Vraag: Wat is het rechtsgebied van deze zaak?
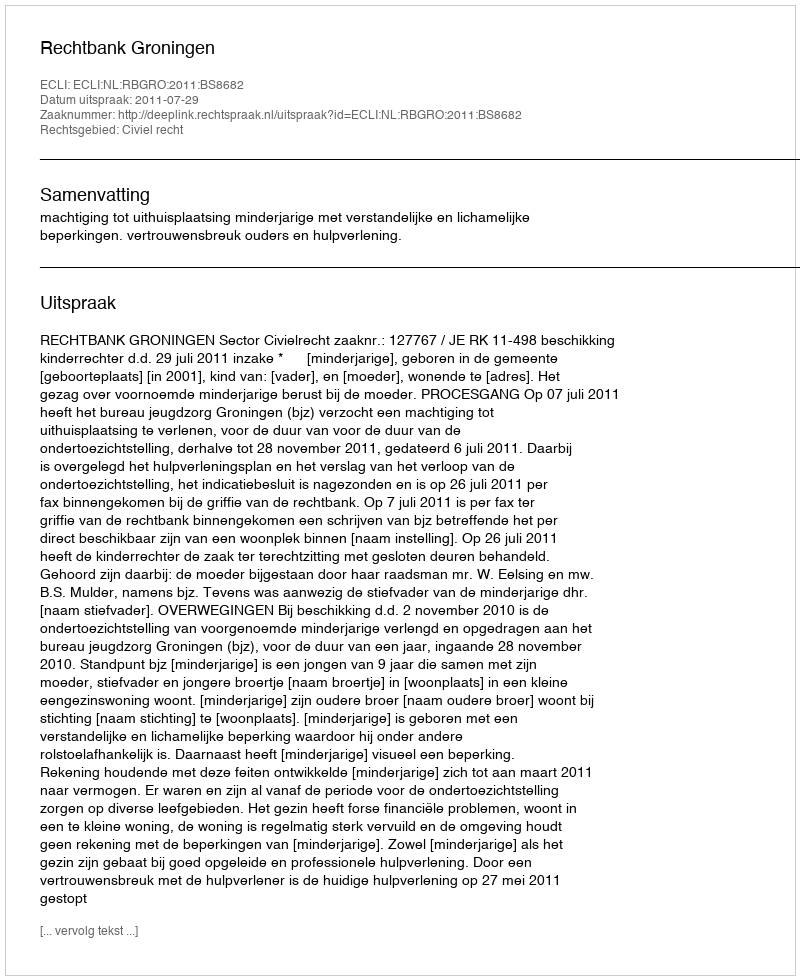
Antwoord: Civiel recht